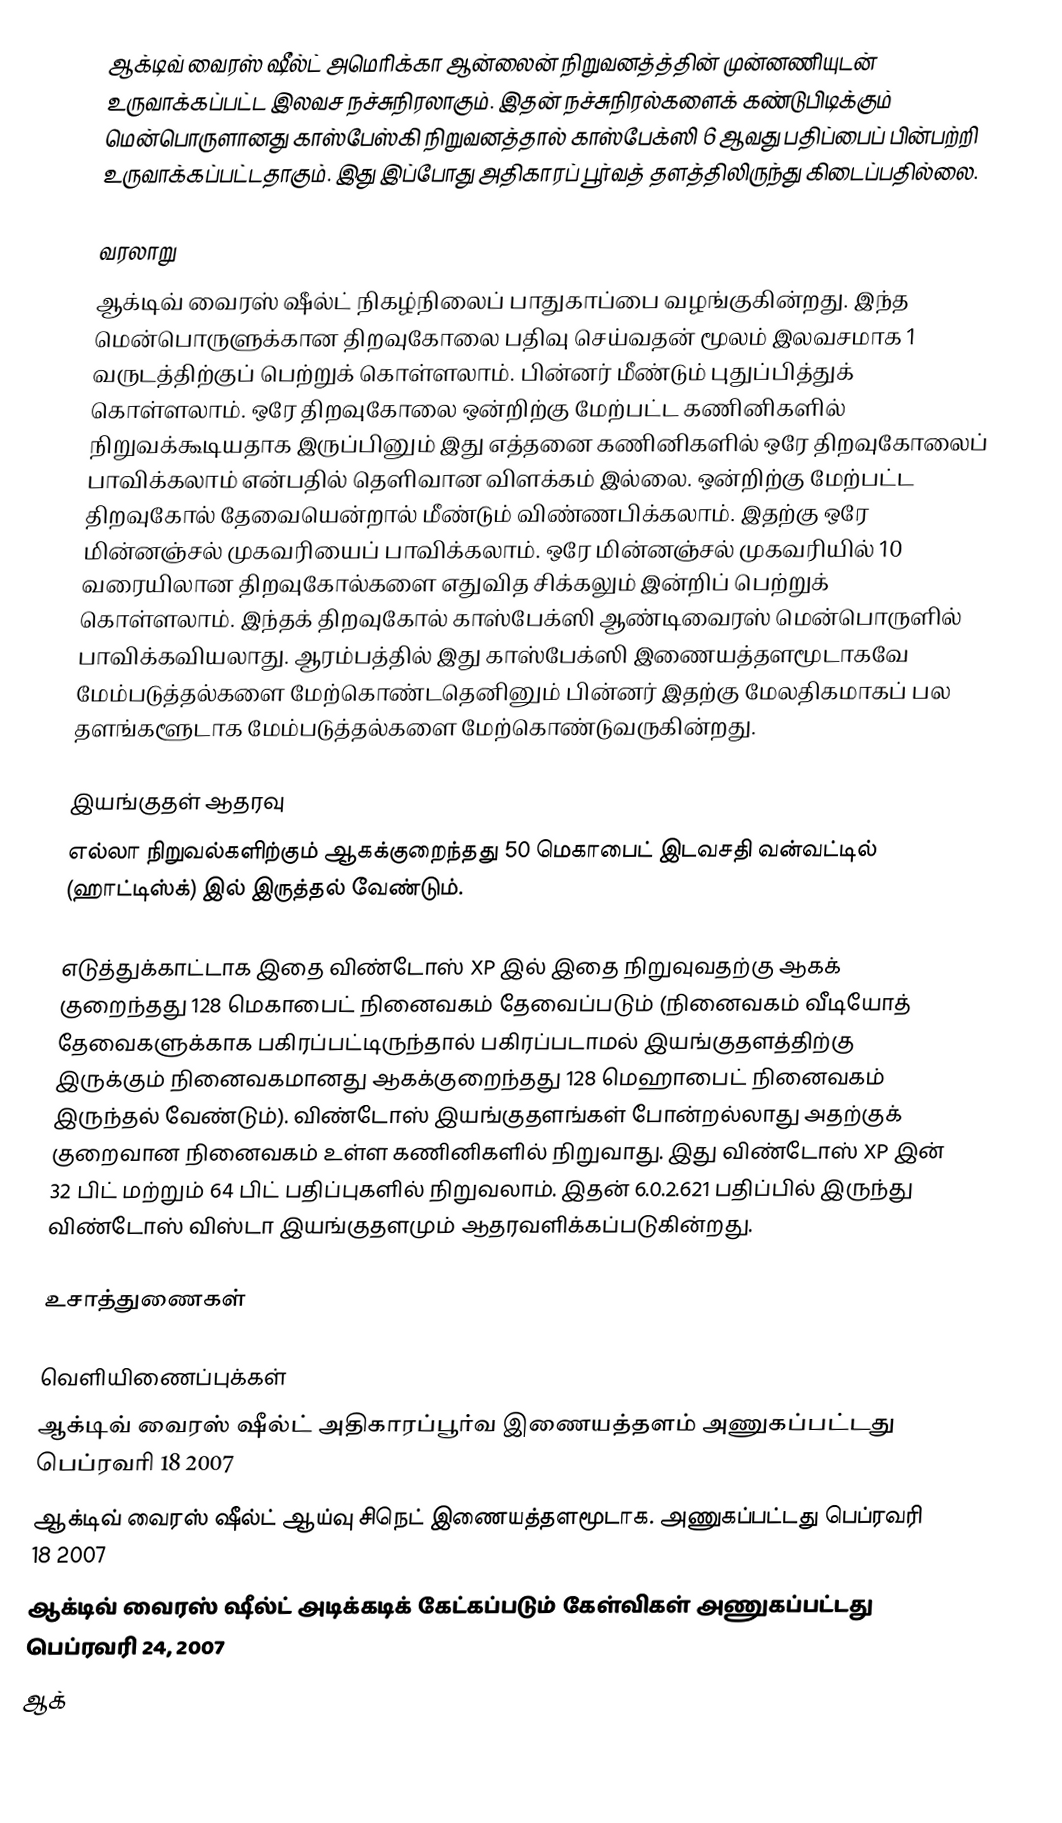
ஆக்டிவ் வைரஸ் ஷீல்ட் அமெரிக்கா ஆன்லைன் நிறுவனத்த்தின் முன்னணியுடன் உருவாக்கப்பட்ட இலவச நச்சுநிரலாகும். இதன் நச்சுநிரல்களைக் கண்டுபிடிக்கும் மென்பொருளானது காஸ்பேஸ்கி நிறுவனத்தால் காஸ்பேக்ஸி 6 ஆவது பதிப்பைப் பின்பற்றி உருவாக்கப்பட்டதாகும். இது இப்போது அதிகாரப் பூர்வத் தளத்திலிருந்து கிடைப்பதில்லை.

வரலாறு
ஆக்டிவ் வைரஸ் ஷீல்ட் நிகழ்நிலைப் பாதுகாப்பை வழங்குகின்றது. இந்த மென்பொருளுக்கான திறவுகோலை பதிவு செய்வதன் மூலம் இலவசமாக 1 வருடத்திற்குப் பெற்றுக் கொள்ளலாம். பின்னர் மீண்டும் புதுப்பித்துக் கொள்ளலாம். ஒரே திறவுகோலை ஒன்றிற்கு மேற்பட்ட கணினிகளில் நிறுவக்கூடியதாக இருப்பினும் இது எத்தனை கணினிகளில் ஒரே திறவுகோலைப் பாவிக்கலாம் என்பதில் தெளிவான விளக்கம் இல்லை. ஒன்றிற்கு மேற்பட்ட திறவுகோல் தேவையென்றால் மீண்டும் விண்ணபிக்கலாம். இதற்கு ஒரே மின்னஞ்சல் முகவரியைப் பாவிக்கலாம். ஒரே மின்னஞ்சல் முகவரியில் 10 வரையிலான திறவுகோல்களை எதுவித சிக்கலும் இன்றிப் பெற்றுக் கொள்ளலாம். இந்தக் திறவுகோல் காஸ்பேக்ஸி ஆண்டிவைரஸ் மென்பொருளில் பாவிக்கவியலாது. ஆரம்பத்தில் இது காஸ்பேக்ஸி இணையத்தளமூடாகவே மேம்படுத்தல்களை மேற்கொண்டதெனினும் பின்னர் இதற்கு மேலதிகமாகப் பல தளங்களூடாக மேம்படுத்தல்களை மேற்கொண்டுவருகின்றது.

இயங்குதள் ஆதரவு
எல்லா நிறுவல்களிற்கும் ஆகக்குறைந்தது 50 மெகாபைட் இடவசதி வன்வட்டில் (ஹாட்டிஸ்க்) இல் இருத்தல் வேண்டும்.

எடுத்துக்காட்டாக இதை விண்டோஸ் XP இல் இதை நிறுவுவதற்கு ஆகக் குறைந்தது 128 மெகாபைட் நினைவகம் தேவைப்படும் (நினைவகம்  வீடியோத் தேவைகளுக்காக பகிரப்பட்டிருந்தால் பகிரப்படாமல் இயங்குதளத்திற்கு இருக்கும் நினைவகமானது ஆகக்குறைந்தது 128 மெஹாபைட் நினைவகம் இருந்தல் வேண்டும்). விண்டோஸ் இயங்குதளங்கள் போன்றல்லாது அதற்குக் குறைவான நினைவகம் உள்ள கணினிகளில் நிறுவாது. இது விண்டோஸ் XP இன் 32 பிட் மற்றும் 64 பிட் பதிப்புகளில் நிறுவலாம். இதன் 6.0.2.621 பதிப்பில் இருந்து விண்டோஸ் விஸ்டா இயங்குதளமும் ஆதரவளிக்கப்படுகின்றது.

உசாத்துணைகள்

வெளியிணைப்புக்கள்
ஆக்டிவ் வைரஸ் ஷீல்ட்  அதிகாரப்பூர்வ இணையத்தளம் அணுகப்பட்டது பெப்ரவரி 18 2007
ஆக்டிவ் வைரஸ் ஷீல்ட் ஆய்வு சிநெட் இணையத்தளமூடாக. அணுகப்பட்டது பெப்ரவரி 18 2007
ஆக்டிவ் வைரஸ் ஷீல்ட் அடிக்கடிக் கேட்கப்படும் கேள்விகள்  அணுகப்பட்டது பெப்ரவரி 24, 2007
ஆக்